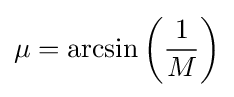
\mu =\arcsin \left({\frac {1}{M}}\right)